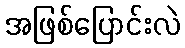
အဖြစ်ပြောင်းလဲ